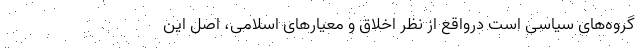
گروه‌های سیاسی است درواقع از نظر اخلاق و معیارهای اسلامی، اصل این